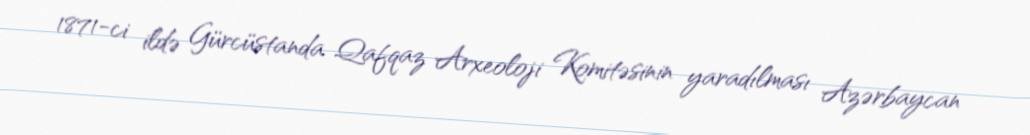
1871-ci ildə Gürcüstanda Qafqaz Arxeoloji Komitəsinin yaradılması Azərbaycan